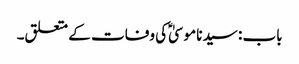
باب : سیدنا موسیٰؑ کی وفات کے متعلق۔